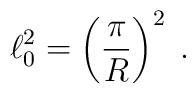
\ell_0^2=\left(\frac{\pi}{R}\right)^2\;.